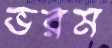
ভরম